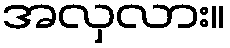
အလှလား။